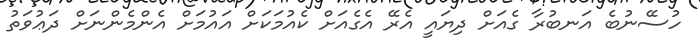
ހުސޭނުބެ އަނބުރާ ގެއަށް ދިޔައީ އެރޭ އެގެއަށް ކެއުމަކަށް އައުމަށް އެންމެންނަށް ދަޢުވަތު